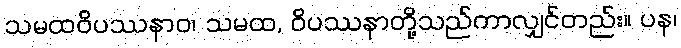
သမထဝိပဿနာဝ၊ သမထ, ဝိပဿနာတို့သည်ကာလျှင်တည်း။ ပန၊